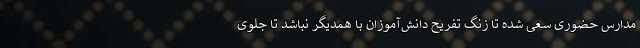
مدارس حضوری سعی شده تا زنگ تفریح دانش‌آموزان با همدیگر نباشد تا جلوی